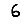
Digit: 6